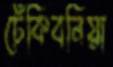
ঢেঁকিবনিয়া